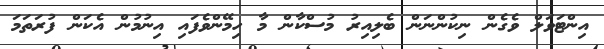
އިންޓަވަލް ވެގެން ނިކުންނަން ބެލިއިރު މުސްކާން މާ ހިމޭންވެފައި އިނުމުން އެކަން ފުރަތަމަ